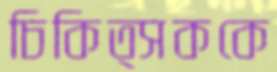
চিকিত্সককে